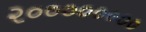
૨૦૦૦૦૦૦૦૦